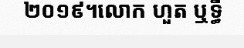
២០១៩។លោក ហួត ឬទ្ធី